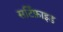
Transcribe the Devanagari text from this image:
सर्टिफ़ाइड